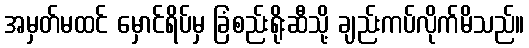
အမှတ်မထင် မှောင်ရိပ်မှ ခြံစည်းရိုးဆီသို့ ချည်းကပ်လိုက်မိသည်။